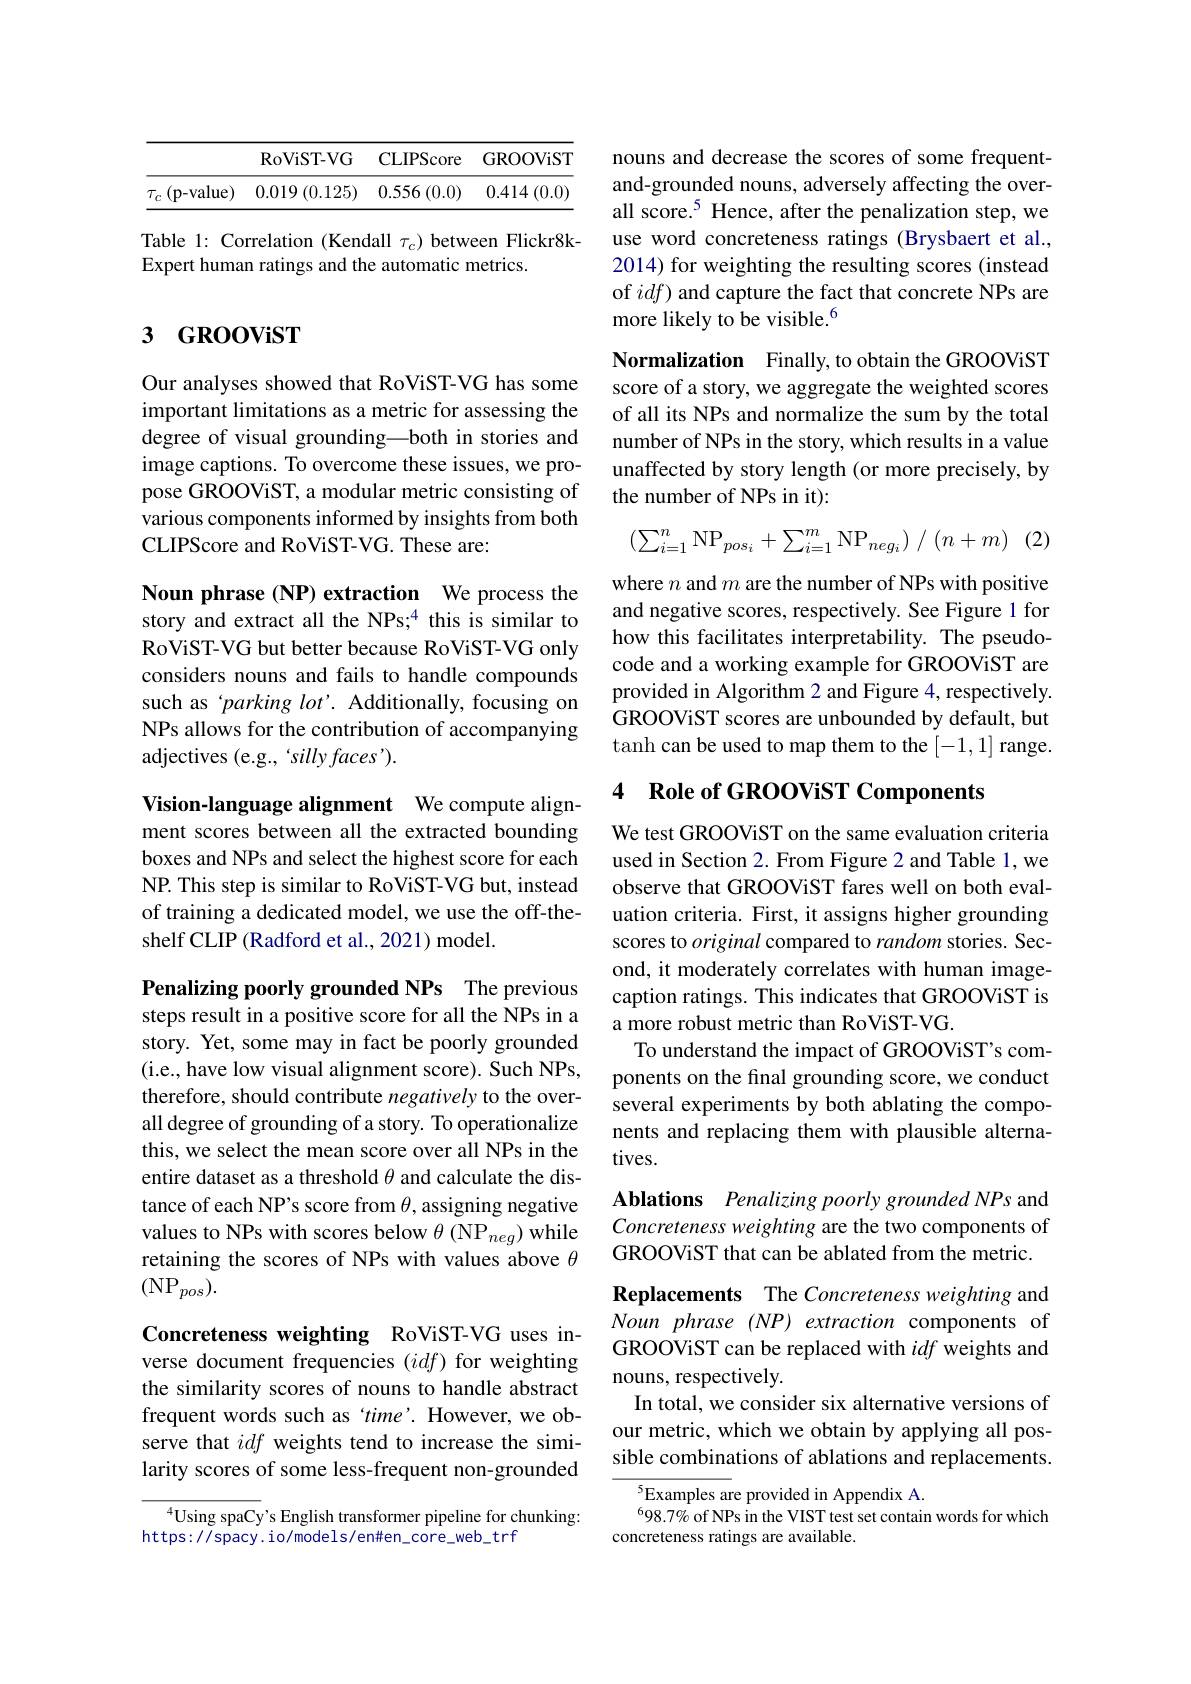
<table>
	<tbody>
		<tr>
			<th> </th>
			<th>RoViST- VG</th>
			<th>CLIPScore</th>
			<th>GROOViST</th>
		</tr>
		<tr>
			<td>$(\mathbf{p}-\mathbf{value})$ $T_{C}$</td>
			<td>$0.019\left(0.125\right)$</td>
			<td>0.556 ,(0.0)</td>
			<td>$4\left(0.0\right)$ 0.414</td>
		</tr>
	</tbody>
</table>

Table 1: Correlation (Kendall $\tau_c)$ between Flickr8k-
Expert human ratings and the automatic metrics.

# 3 GROOViST

Our analyses showed that RoViST-VG has some important limitations as a metric for assessing the degree of visual grounding—both in stories and image captions. To overcome these issues, we propose GROOViST, a modular metric consisting of various components informed by insights from both CLIPScore and RoViST-VG. These are:

Noun phrase (NP) extraction We process the story and extract all the NPs;$^{4}$ this is similar to RoViST-VG but better because RoViST-VG only considers nouns and fails to handle compounds such as ‘parking lot'. Additionally, focusing on NPs allows for the contribution of accompanying adjectives (e.g., 'silly faces').

Vision-language alignment We compute alignment scores between all the extracted bounding boxes and NPs and select the highest score for each NP. This step is similar to RoViST-VG but, instead of training a dedicated model, we use the off-theshelf CLIP (Radford et al., 2021) model.

Penalizing poorly grounded NPs The previous steps result in a positive score for all the NPs in a story. Yet, some may in fact be poorly grounded (i.e., have low visual alignment score). Such NPs, therefore, should contribute negatively to the overall degree of grounding of a story. To operationalize this, we select the mean score over all NPs in the entire dataset as a threshold $\theta$ and calculate the distance of each NP's score from $\theta$, assigning negative values to NPs with scores below $\theta$ (NP$_neg)$ while retaining the scores of NPs with values above $\theta$ $(\mathrm{NP}_{pos}).$

Concreteness weighting RoViST-VG uses inverse document frequencies $(idf)$ for weighting the similarity scores of nouns to handle abstract frequent words such as time'. However, we observe that idf weights tend to increase the similarity scores of some less-frequent non-grounded

$^{4}$Using spaCy's English transformer pipeline for chunking:
https://spacy. io/models/en#en\_core\_web\_trf

nouns and decrease the scores of some frequentand-grounded nouns, adversely affecting the overall score.$^{5}$ Hence, after the penalization step, we use word concreteness ratings (Brysbaert et al., 2014) for weighting the resulting scores (instead of $idf)$ and capture the fact that concrete NPs are more likely to be visible.$^{6}$

Normalization Finally, to obtain the GROOViST score of a story, we aggregate the weighted scores of all its NPs and normalize the sum by the total number of NPs in the story, which results in a value unaffected by story length (or more precisely, by the number of NPs in it):

(2)
$$(\sum_{i=1}^n\mathrm{NP}_{pos_i}+\sum_{i=1}^m\mathrm{NP}_{neg_i})\:/\:(n+m)$$
where $n$ and $m$ are the number of NPs with positive and negative scores, respectively. See Figure 1 for how this facilitates interpretability. The pseudocode and a working example for GROOViST are provided in Algorithm 2 and Figure 4, respectively. GROOViST scores are unbounded by default, but tanh can be used to map them to the [-1,1] range.

## 4 Role of GROOViST Components

We test GROOViST on the same evaluation criteria used in Section 2. From Figure 2 and Table 1, we observe that GROOViST fares well on both evaluation criteria. First, it assigns higher grounding scores to original compared to random stories. Second, it moderately correlates with human imagecaption ratings. This indicates that GROOViST is a more robust metric than RoViST-VG
To understand the impact of GROOViST's components on the final grounding score, we conduct several experiments by both ablating the components and replacing them with plausible alternatives.

Ablations Penalizing poorly grounded NPs and Concreteness weighting are the two components of GROOViST that can be ablated from the metric.

Replacements The Concreteness weighting and Noun phrase (NP) extraction components of GROOViST can be replaced with idf weights and nouns, respectively.
In total, we consider six alternative versions of our metric, which we obtain by applying all possible combinations of ablations and replacements.

$^{5}$Examples are provided in Appendix A.
$^698.7\%$ of NPs in the VIST test set contain words for which
concreteness ratings are available.